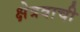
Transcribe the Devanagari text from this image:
क्षेत्रवाची